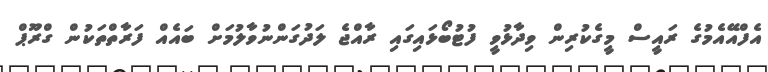
އެފްއޭއެމުގެ ރައީސް މީގެކުރިން ވިދާޅުވީ ފުޓުބޯޅައިގައި ރާއްޖެ ލަދުގަންނުވާލުމަށް ބައެއް ފަރާތްތަކުން ގްރޫޕް